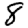
Digit: 8